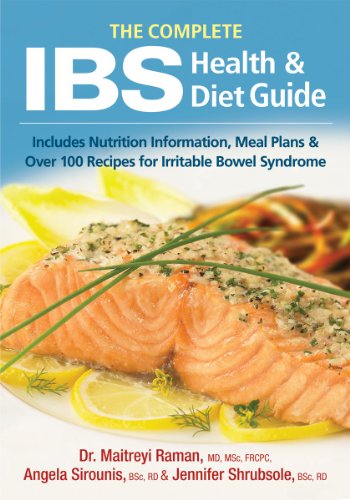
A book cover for The Complete IBS Health and Diet Guide: Includes Nutrition Information, Meal Plans and Over 100 Recipes for Irritable Bowel Syndrome; Dr. Maitreyi Raman; Health, Fitness & Dieting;